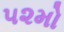
૫૨મો